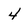
Character: 4